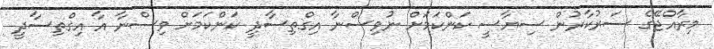
މިރާއްޖޭގެ ސަރުކާރުން ސިޔާސީ ކަންކަމަށް ނުވިސްނާ އިގްތިސާދީ ކަންކަމަށް ވިސްނާ އާ އިގްތިސާދީ